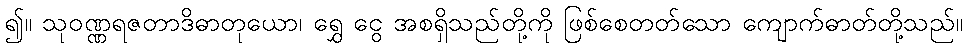
၍။ သုဝဏ္ဏရဇတာဒိဓာတုယော၊ ရွှေ ငွေ အစရှိသည်တို့ကို ဖြစ်စေတတ်သော ကျောက်ဓာတ်တို့သည်။